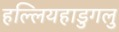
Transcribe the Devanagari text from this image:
हल्लियहाडुगलु